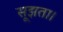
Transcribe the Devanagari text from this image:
सूझता।